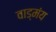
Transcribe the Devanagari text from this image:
वाड्मंय